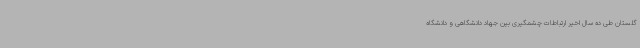
گلستان طی ده سال اخیر ارتباطات چشمگیری بین جهاد دانشگاهی و دانشگاه